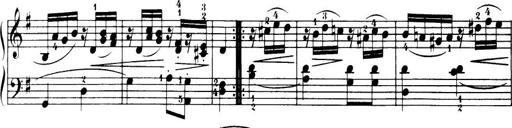
Title: 32 Sonatinas and Rondos for the Piano
Composer: Richard Kleinmichel